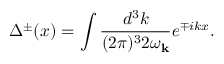
\Delta ^ { \pm } ( x ) = \int \frac { d ^ { 3 } k } { ( 2 \pi ) ^ { 3 } 2 \omega _ { { \bf k } } } e ^ { \mp i k x } .